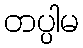
တပ္ပါမ